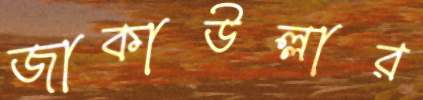
জাকাউল্লার